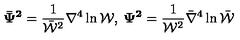
{ \bf \bar { \Psi } ^ { 2 } } = \frac { 1 } { \bar { \cal W } ^ { 2 } } \nabla ^ { 4 } \ln { \cal W } , \: { \bf \Psi ^ { 2 } } = \frac { 1 } { { \cal W } ^ { 2 } } \bar { \nabla } ^ { 4 } \ln \bar { \cal W }